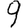
Digit: 9